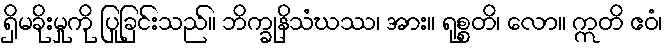
ရှိမခိုးမှုကို ပြုခြင်းသည်။ ဘိက္ခုနိသံဃဿ၊ အား။ ရုစ္စတိ၊ လော။ ဣတိ ဧဝံ၊